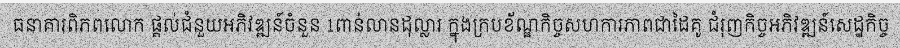
ធនាគារពិភពលោក ផ្តល់ជំនួយអភិវឌ្ឍន៍ចំនួន 1ពាន់លានដុល្លារ ក្នុងក្របខ័ណ្ឌកិច្ចសហការភាពជាដៃគូ ជំរុញកិច្ចអភិវឌ្ឍន៍សេដ្ឋកិច្ច